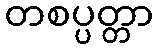
တစပ္ပတ္တာ